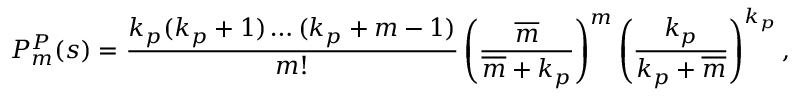
P _ { m } ^ { P } ( s ) = \frac { k _ { p } ( k _ { p } + 1 ) \dots ( k _ { p } + m - 1 ) } { m ! } \left( \frac { \overline { { m } } } { \overline { { m } } + k _ { p } } \right) ^ { m } \left( \frac { k _ { p } } { k _ { p } + \overline { { m } } } \right) ^ { k _ { p } } ,